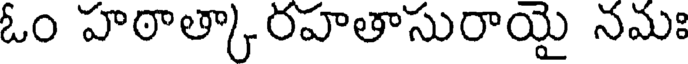
ఓం హఠాత్కారహతాసురాయై నమః